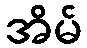
အိမ်